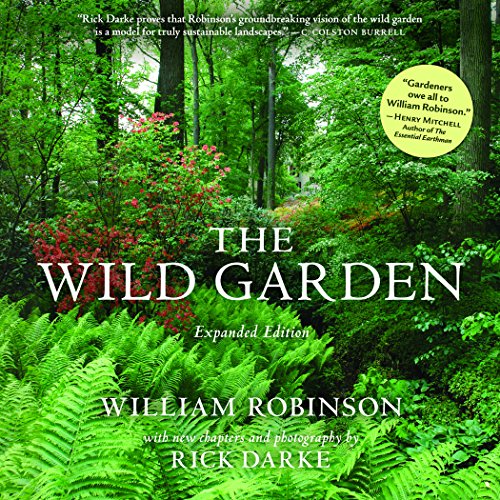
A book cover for The Wild Garden: Expanded Edition; William Robinson; Crafts, Hobbies & Home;